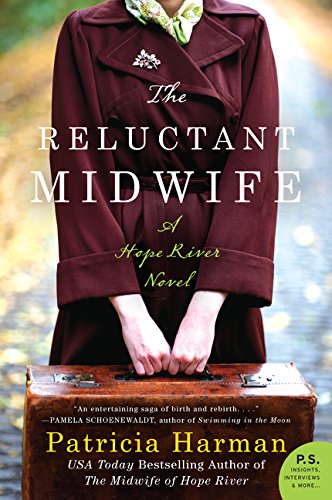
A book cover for The Reluctant Midwife: A Hope River Novel; Patricia Harman; Literature & Fiction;